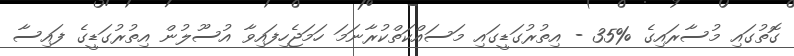
ގޮތުގައި މުސާރައިގެ %35 - އިތުރުގަޑީގައި މަސައްކަތްކުރާނަމަ ހަމަޖެހިފައިވާ އުސޫލުން އިތުރުގަޑީގެ ފައިސާ